Civil Veterinary Dept. Bombay admin report 1907-1913 - 1907-1913
Year: 1907
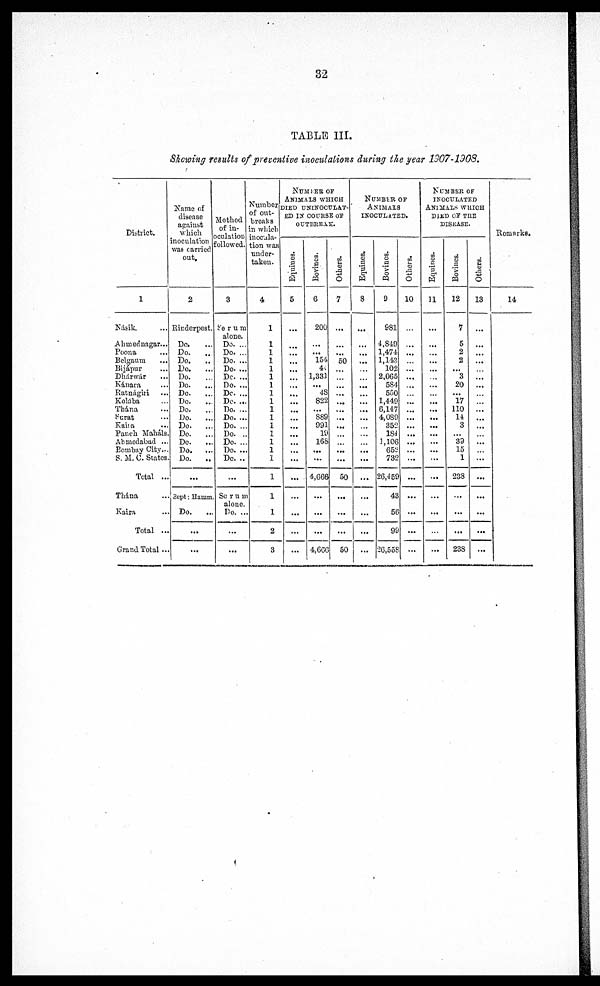
32
TABLE III.
Showing results of preventive inoculations during the year 1907-1908.
District.
1
Kásik ...
Ahmednagar...
Poona ...
Belgaum
...
Bijápur ...
Dhárwár ...
Kánara ...
Ratnágiri ...
Kolába ...
Thána ...
Surat ...
Kaina ...
Panch Maháls.
Ahmedabad ...
Bombay City...
S. M. C. States.
Total ...
Thana
Kaira ...
Total ...
Grand Total ...
Name of
disease
against
which
inoculation
was carried
out.
2
Rinderpest.
Do.
Do.
...
Do.
..
Do.
Do.
Do.
Do.
...
Do.
Do.
Do.
Do.
...
Do.
...
Do.
Do.
...
Do.
...
...
Sept: Hamm
Do.
..
...
...
Method
of in-
oculation
followed.
3
Serum
alone.
Do. ...
Do. ...
Do. ...
Do. ...
Do. ...
Do. ...
Do. ...
Do. ...
Do. ...
Do. ...
Do. ...
Do. ...
Do. ...
Do. ...
Do. ..
...
Serum
alone.
Do. ...
...
...
Number
of out-
breaks
in which
inocula-
tion was
under-
taken.
4
1
1
1
1
1
1
1
1
1
1
1
1
1
1
1
1
1
1
1
2
3
NUMBER OF
ANIMALS WHICH
DIED UNINOCULAT¬
ED IN COURSE OF
OUTBREAK.
Equines.
5
...
...
...
...
...
...
...
...
...
...
...
...
...
...
...
...
...
...
...
...
Bovines.
6
200
...
...
154
44
1,331
...
4S
822
...
S89
991
19
168
...
...
4,666
...
...
...
4,666
Others.
7
...
...
...
50
...
...
...
...
...
...
...
...
...
...
...
...
50
...
...
...
50
NUMBER OF
ANIMALS
INOCULATED.
Equines.
8
...
...
...
...
...
...
...
...
...
...
...
...
...
...
...
...
...
...
...
...
...
Bovines.
9
981
4,849
1,474
1,143
102
2,065
584
550
1,449
6,147
4,089
352
184
1,106
652
732
26,459
43
56
99
26,558
Others.
10
...
...
...
...
...
...
...
...
...
...
...
...
...
...
...
...
...
...
...
NUMBER OF
INOCULATED
ANIMALS WHICH
DIED OF THE
DISEASE.
Equines.
11
...
...
...
...
...
...
...
...
...
...
...
...
...
...
...
...
...
...
...
Bovines.
12
7
5
2
2
...
3
20
...
17
110
14
3
...
39
15
1
238
...
...
...
238
Others.
13
...
...
...
...
...
...
...
...
...
...
...
...
...
...
...
...
...
...
...
...
...
Remarks.
14